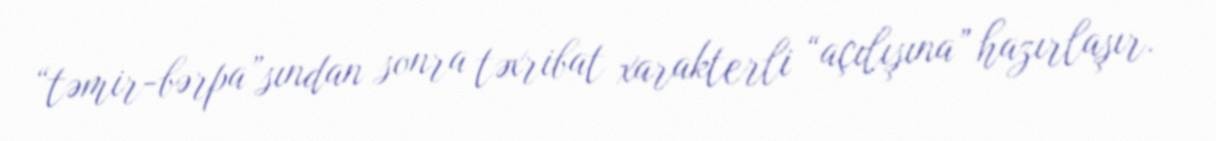
“təmir-bərpa”sından sonra təxribat xarakterli “açılışına” hazırlaşır.